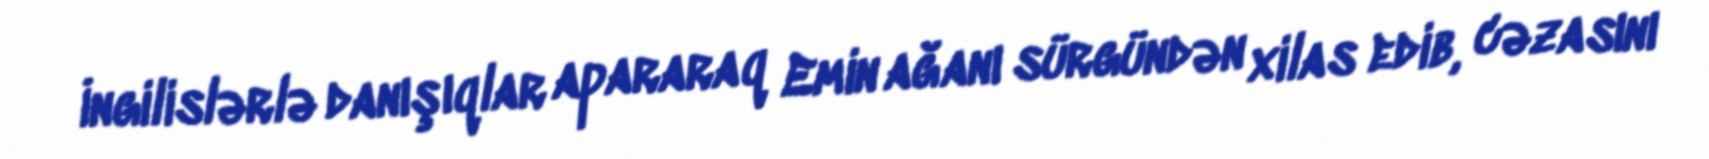
İngilislərlə danışıqlar apararaq Emin ağanı sürgündən xilas edib, cəzasını